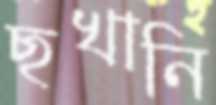
ছখানি